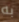
به